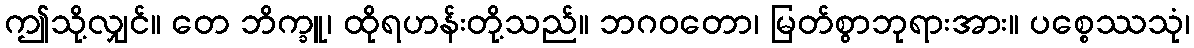
ဤသို့လျှင်။ တေ ဘိက္ခူ၊ ထိုရဟန်းတို့သည်။ ဘဂဝတော၊ မြတ်စွာဘုရားအား။ ပစ္စေဿသုံ၊